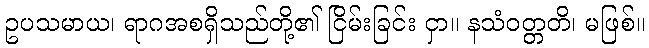
ဥပသမာယ၊ ရာဂအစရှိသည်တို့၏ ငြိမ်းခြင်း ငှာ။ နသံဝတ္တတိ၊ မဖြစ်။